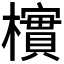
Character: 𪴎